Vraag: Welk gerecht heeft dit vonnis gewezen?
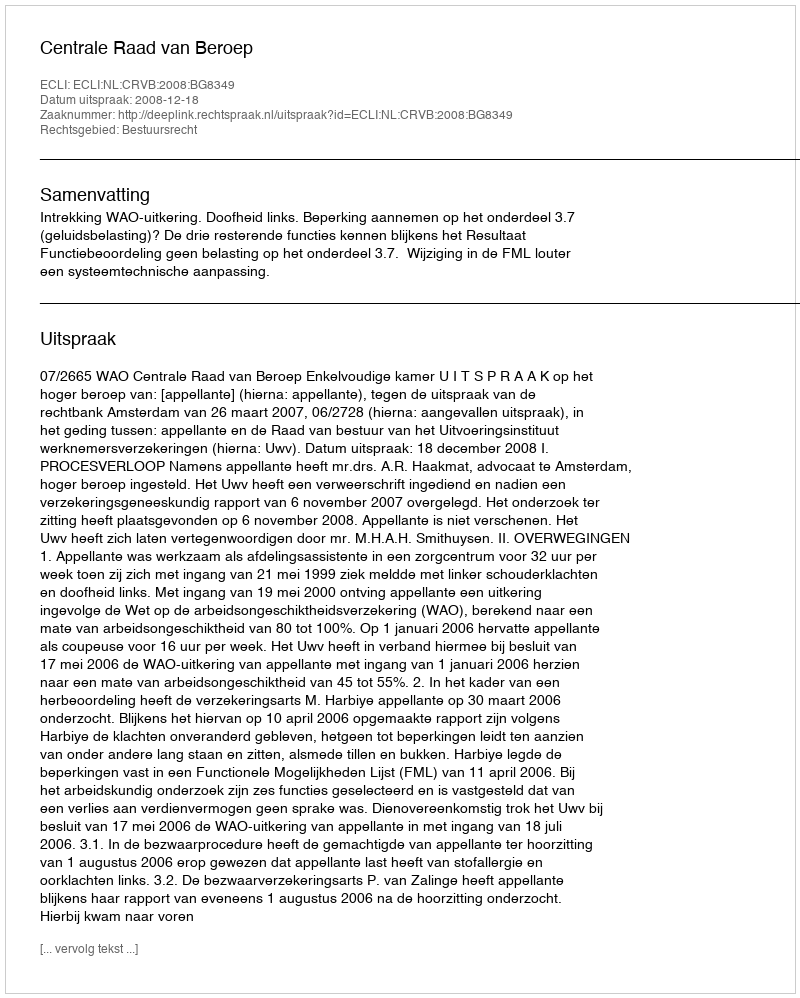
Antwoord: Centrale Raad van Beroep